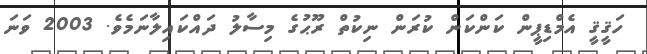
ހަޤީޤީ އެމްޑިޕީން ކަންކަން ކުރަން ނިކުތް ރޫޙުގެ މިސާލު ދައްކައިލާނަމެވެ. 2003 ވަނަ